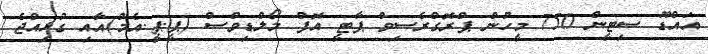
އައްޑޫ ސިޓީން 750 މީހުން ޕްރޮގްރެސިވް ޕާޓީ އޮފް މޯލްޑިވްސް (ޕީ.ޕީ.އެމް)އާއި ގުޅިއްޖެ